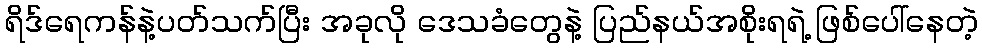
ရိဒ်ရေကန်နဲ့ပတ်သက်ပြီး အခုလို ဒေသခံတွေနဲ့ ပြည်နယ်အစိုးရရဲ့ ဖြစ်ပေါ်နေတဲ့